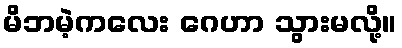
မိဘမဲ့ကလေး ဂေဟာ သွားမလို့။